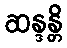
ဆန္ဒန္တိ